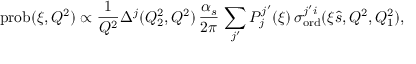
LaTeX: \mathrm { p r o b } ( \xi , Q ^ { 2 } ) \propto \frac { 1 } { Q ^ { 2 } } \Delta ^ { j } ( Q _ { 2 } ^ { 2 } , Q ^ { 2 } ) \, \frac { \alpha _ { s } } { 2 \pi } \, \sum _ { j ^ { \prime } } P _ { j } ^ { j ^ { \prime } } ( \xi ) \, \sigma _ { \mathrm { o r d } } ^ { j ^ { \prime } i } ( \xi \hat { s } , Q ^ { 2 } , Q _ { 1 } ^ { 2 } ) ,